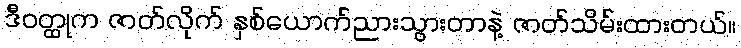
ဒီဝတ္ထုက ဇာတ်လိုက် နှစ်ယောက်ညားသွားတာနဲ့ ဇာတ်သိမ်းထားတယ်။